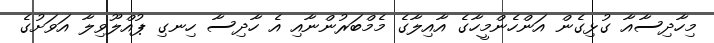
މިހާދިސާއާ ގުޅިގެން އަންހެންމީހާގެ އާއިލާގެ މެމްބަރުންނާއި އެ ހާދިސާ ހިނގި ޕުއްލޫވިލާ އަވަށުގެ